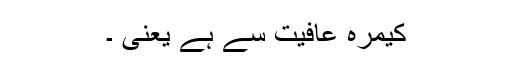
کیمرہ عافیت سے ہے یعنی ۔